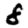
Digit: 8